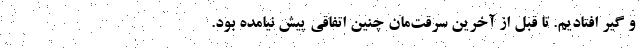
و گیر افتادیم. تا قبل از آخرین سرقت‌مان چنین اتفاقی پیش نیامده بود.